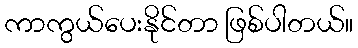
ကာကွယ်ပေးနိုင်တာ ဖြစ်ပါတယ်။